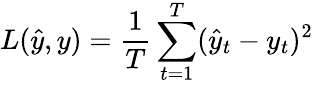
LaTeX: L(\hat{y},y)=\frac{1}{T}\sum_{t=1}^{T}(\hat{y}_{t}-y_{t})^{2}